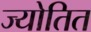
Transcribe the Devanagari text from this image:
ज्योतित